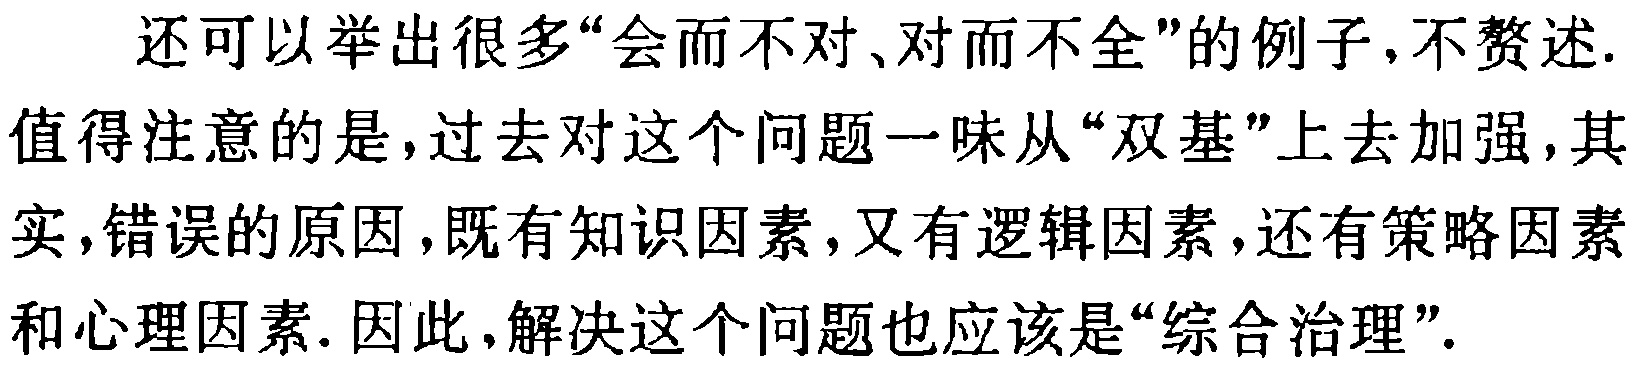
还可以举出很多“会而不对、对而不全”的例子,不赘述.
值得注意的是,过去对这个问题一味从“双基”上去加强,其实,错误的原因,既有知识因素,又有逻辑因素,还有策略因素和心理因素. 因此,解决这个问题也应该是“综合治理”.